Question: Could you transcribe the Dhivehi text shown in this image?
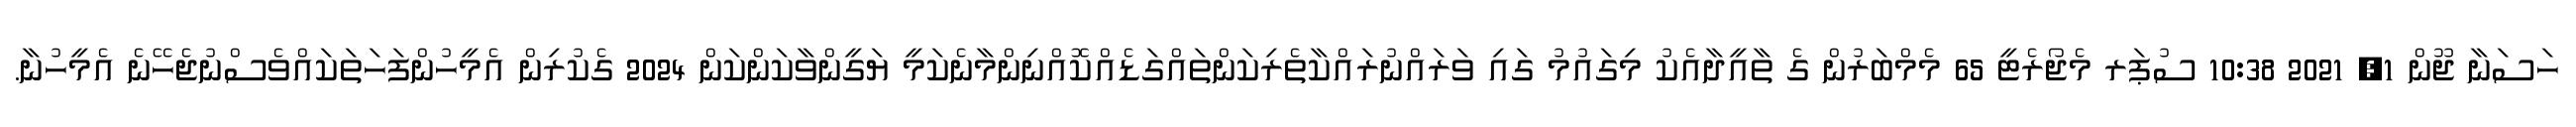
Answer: ހަސަނާ ޖޫން 1, 2021 10:38 ސުޕަރ މެޖޯރެޓީ 65 މެމްބަރުން ގެ ތާއީދާއެކު މިގައުމު ގައި ވަރައްނުރައްކާތެރިކަންތައްގަޑެއްކޮއްނިންމާނެކަމީ ޔަގީންވާކަންކަން 2024 ގެކުރިން އެމީހުންފަހަތަކައްވެސްނުޖެހޭނެ އެމީހުނާ.